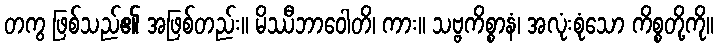
တကွ ဖြစ်သည်၏ အဖြစ်တည်း။ မိဿီဘာဝေါတိ၊ ကား။ သဗ္ဗကိစ္စာနံ၊ အလုံးစုံသော ကိစ္စတို့ကို။